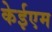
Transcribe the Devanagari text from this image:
केईएम